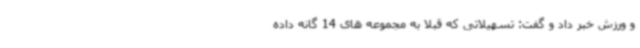
و ورزش خبر داد و گفت: تسهیلاتی که قبلا به مجموعه های 14 گانه داده